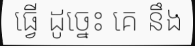
ធ្វើ ដូច្នេះ គេ នឹង